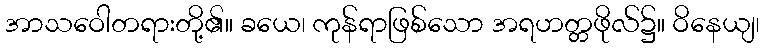
အာသဝေါတရားတို့၏။ ခယေ၊ ကုန်ရာဖြစ်သော အရဟတ္တဖိုလ်၌။ ဝိနေယျ၊